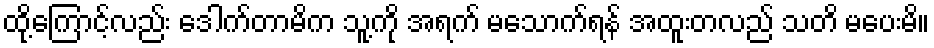
ထို့ကြောင့်လည်း ဒေါက်တာမိက သူ့ကို အရက် မသောက်ရန် အထူးတလည် သတိ မပေးမိ။